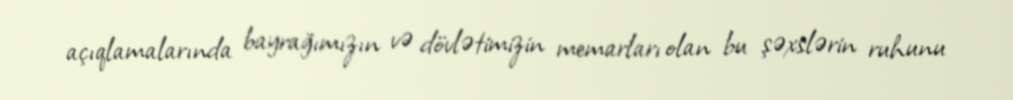
açıqlamalarında bayrağımızın və dövlətimizin memarları olan bu şəxslərin ruhunu